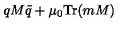
q M \tilde { q } + \mu _ { 0 } \mathrm { T r } ( m M )